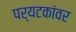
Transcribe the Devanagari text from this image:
पर्यटकांवर